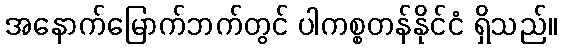
အနောက်မြောက်ဘက်တွင် ပါကစ္စတန်နိုင်ငံ ရှိသည်။